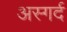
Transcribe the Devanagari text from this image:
अस्गर्द